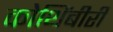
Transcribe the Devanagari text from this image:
कोथिंबीरी